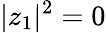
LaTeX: |z_{1}|^{2}=0